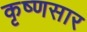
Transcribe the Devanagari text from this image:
कृष्णसार